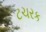
ટચરક